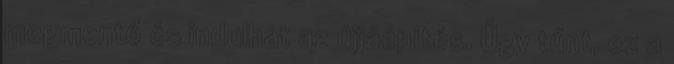
megmentő és indulhat az újjáépítés. Úgy tűnt, ez a